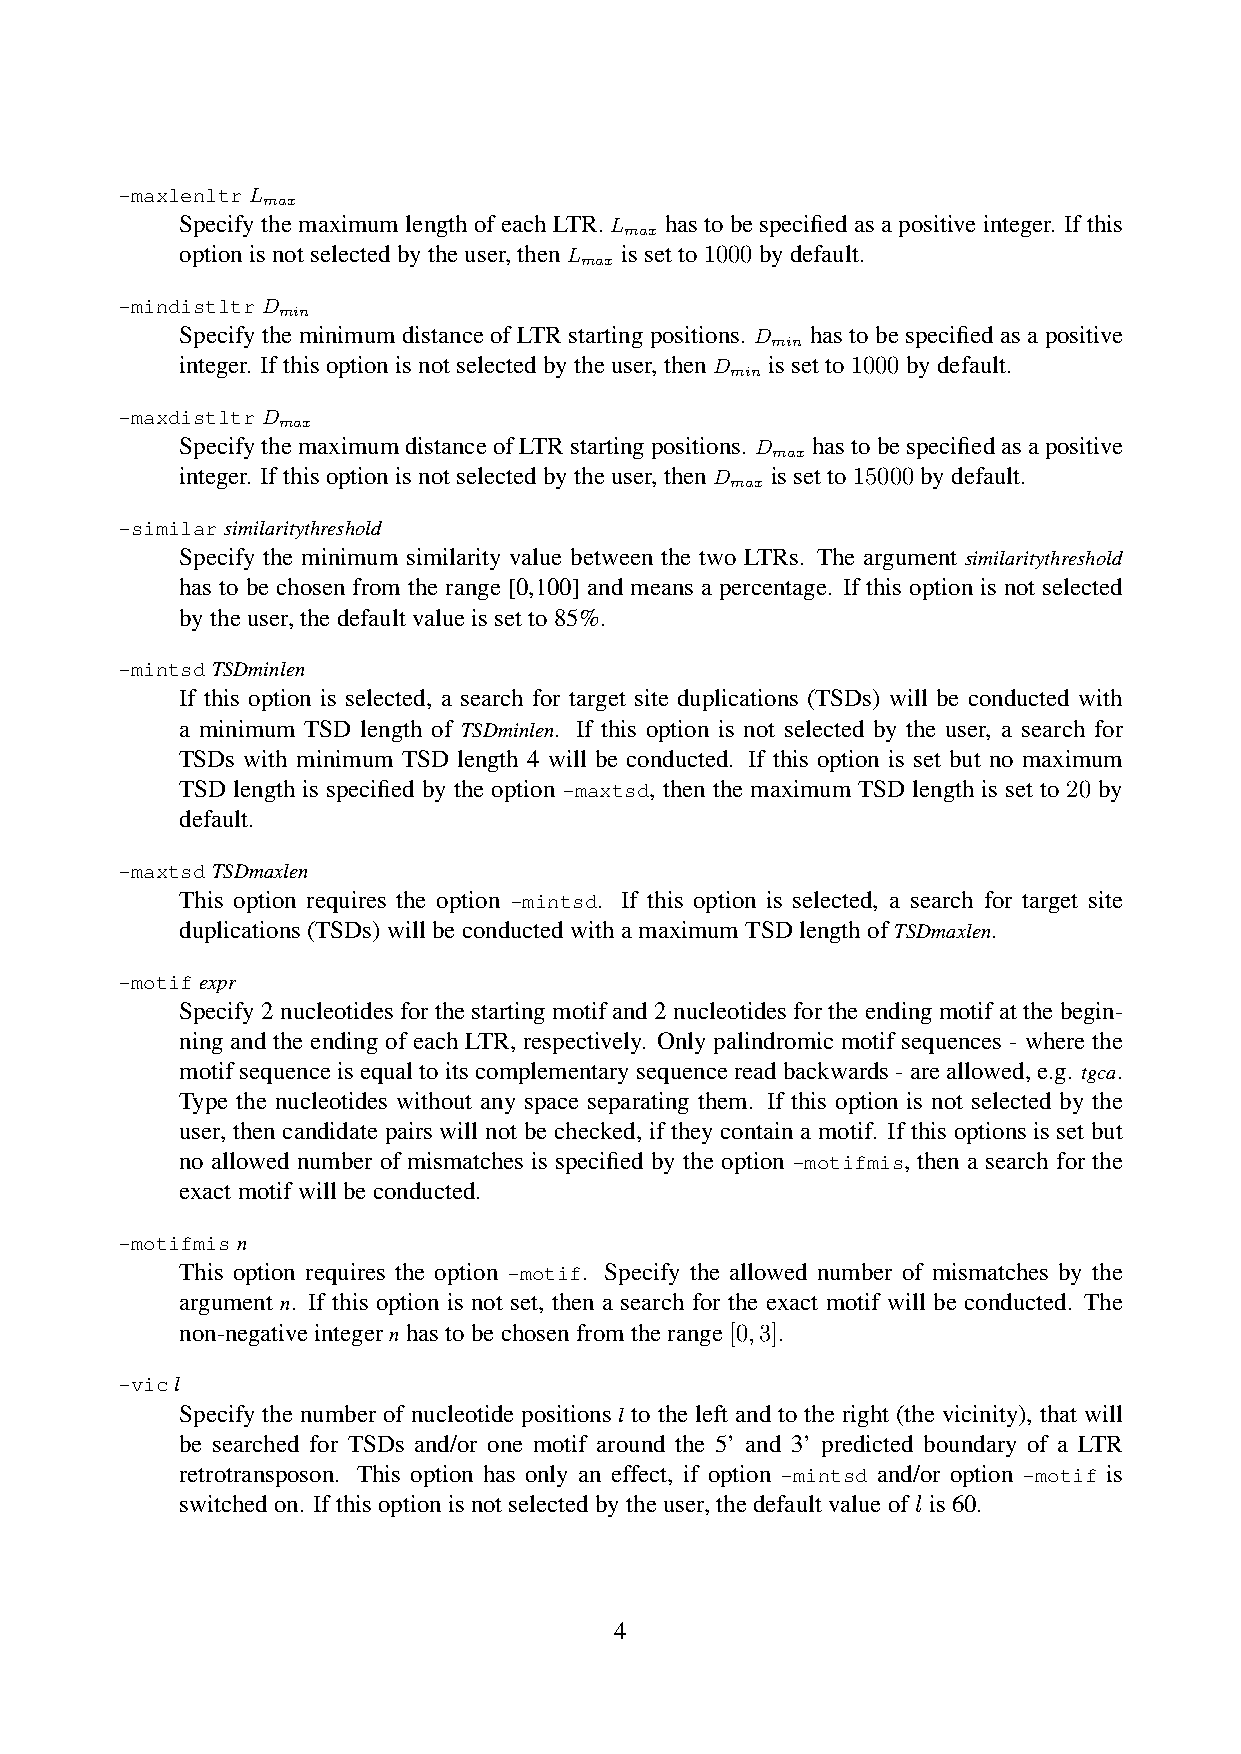
-maxlenltrL
 max
 SpecifythemaximumlengthofeachLTR.L hastobespecifiedasapositiveinteger. Ifthis
 max
 optionisnotselectedbytheuser,thenL issetto1000bydefault.
 max
 -mindistltrD
 min
 Specify the minimum distance of LTR starting positions. D has to be specified as a positive
 min
 integer. Ifthisoptionisnotselectedbytheuser,thenD issetto1000bydefault.
 min
 -maxdistltrD
 max
 SpecifythemaximumdistanceofLTRstartingpositions. D hastobespecifiedasapositive
 max
 integer. Ifthisoptionisnotselectedbytheuser,thenD issetto15000bydefault.
 max
 -similarsimilaritythreshold
 Specify the minimum similarity value between the two LTRs. The argument similaritythreshold
 has to be chosen from the range [0,100] and means a percentage. If this option is not selected
 bytheuser,thedefaultvalueissetto85%.
 -mintsdTSDminlen
 If this option is selected, a search for target site duplications (TSDs) will be conducted with
 a minimum TSD length of TSDminlen. If this option is not selected by the user, a search for
 TSDs with minimum TSD length 4 will be conducted. If this option is set but no maximum
 TSD length is specified by the option -maxtsd, then the maximum TSD length is set to 20 by
 default.
 -maxtsdTSDmaxlen
 This option requires the option -mintsd. If this option is selected, a search for target site
 duplications(TSDs)willbeconductedwithamaximumTSDlengthofTSDmaxlen.
 -motifexpr
 Specify2nucleotidesforthestartingmotifand2nucleotidesfortheendingmotifatthebegin-
 ning and the ending of each LTR, respectively. Only palindromic motif sequences - where the
 motifsequenceisequaltoitscomplementarysequencereadbackwards-areallowed,e.g. tgca.
 Type the nucleotides without any space separating them. If this option is not selected by the
 user, then candidate pairs will not be checked, if they contain a motif. If this options is set but
 no allowed number of mismatches is specified by the option -motifmis, then a search for the
 exactmotifwillbeconducted.
 -motifmisn
 This option requires the option -motif. Specify the allowed number of mismatches by the
 argument n. If this option is not set, then a search for the exact motif will be conducted. The
 non-negativeintegernhastobechosenfromtherange[0,3].
 -vicl
 Specify the number of nucleotide positions l to the left and to the right (the vicinity), that will
 be searched for TSDs and/or one motif around the 5’ and 3’ predicted boundary of a LTR
 retrotransposon. This option has only an effect, if option -mintsd and/or option -motif is
 switchedon. Ifthisoptionisnotselectedbytheuser,thedefaultvalueofl is60.
 4